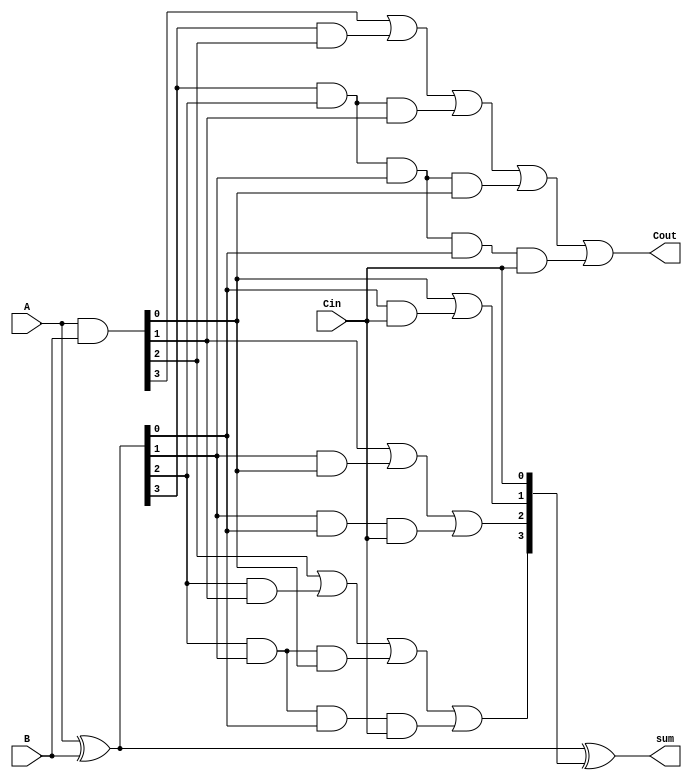
module CLA4bit(A, B, Cin, Cout, sum);
    input [3:0] A,B;
    input Cin;
    output [3:0] sum;
    output Cout;

    wire [3:0] G, P, C;

    assign G = A & B;
    assign P = A ^ B;

    assign C[0] = Cin;
    assign C[1] = G[0] | (P[0] & C[0]);
    assign C[2] = G[1] | (P[1] & G[0]) | (P[1] & P[0] & C[0]);
    assign C[3] = G[2] | (P[2] & G[1]) | (P[2] & P[1] & G[0]) | (P[2] & P[1] & P[0] & C[0]);   

    assign Cout = G[3] | (P[3] & G[2]) | (P[3] & P[2] & G[1]) | (P[3] & P[2] & P[1] & G[0]) | (P[3] & P[2] & P[1] & P[0] & C[0]);

    assign sum = P ^ C;
endmodule

module adder(A, B, Cin, Cout, sum); 
    input [7:0] A,B;
    input Cin; 
    output [7:0] sum;
    output Cout;

    wire Cout1;

    CLA4bit c0(A[3:0], B[3:0], Cin, Cout1, sum[3:0]);
    CLA4bit c1(A[7:4], B[7:4], Cout1, Cout, sum[7:4]);
endmodule